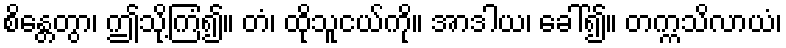
စိန္တေတွာ၊ ဤသို့ကြံ၍။ တံ၊ ထိုသူငယ်ကို။ အာဒါယ၊ ခေါ်၍။ တက္ကသိလာယံ၊